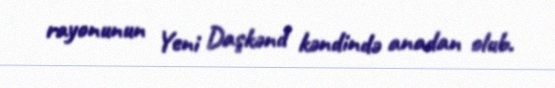
rayonunun Yeni Daşkənd kəndində anadan olub.